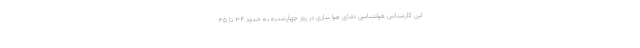
این کارشناس هواشناسی دمای هوا ساری در روز چهارشنبه به حدود ۳۴ تا ۳۵